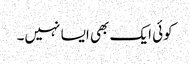
کوئی ایک بھی ایسا نہیں۔